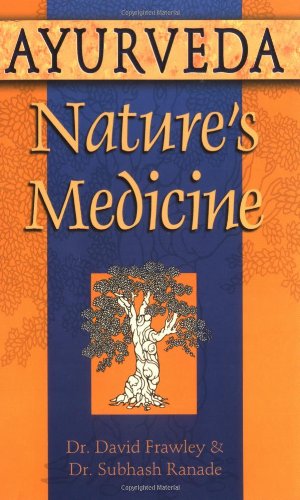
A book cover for Ayurveda, Nature's Medicine; David Dr. Frawley; Health, Fitness & Dieting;